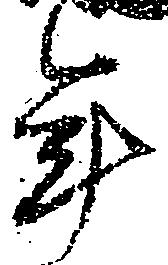
年